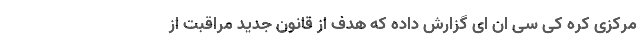
مرکزی کره کِی سی ان اِی گزارش داده که هدف از قانون جدید مراقبت از